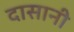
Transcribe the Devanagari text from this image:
दासानी